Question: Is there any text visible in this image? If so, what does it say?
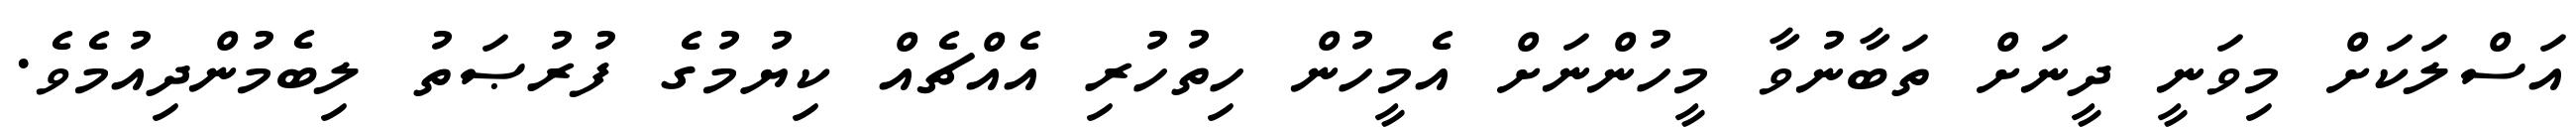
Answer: އަސްލަކަށް މިވަނީ ދީނަށް ތަބާނުވާ މީހުންނަށް އެމީހުން ހިތުހުރި އެއްޗެއް ކިޔުމުގެ ފުރުޞަތު ލިބެމުންދިއުމެވެ.